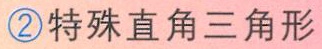
\textcircled{2} 特殊直角三角形